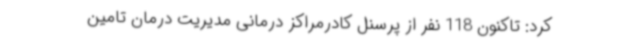
کرد: تاکنون 118 نفر از پرسنل کادرمراکز درمانی مدیریت درمان تامین